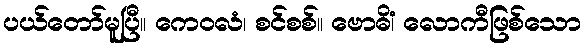
ပယ်တော်မူပြီ။ ကေဝလံ၊ စင်စစ်။ ဗောဓိံ၊ လောကီဖြစ်သော